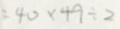
= 4 0 \times 4 9 \div 2